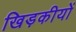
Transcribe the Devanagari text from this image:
खिड़कीयों